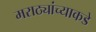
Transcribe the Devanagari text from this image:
मराठ्यांच्याकडे